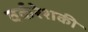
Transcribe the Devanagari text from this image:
वर्करेशकी